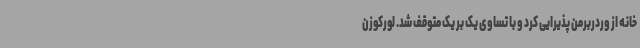
خانه از وردربرمن پذیرایی کرد و با تساوی یک بر یک متوقف شد. لورکوزن